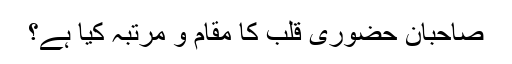
صاحبانِ حضورِیِ قلب کا مقام و مرتبہ کیا ہے؟